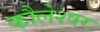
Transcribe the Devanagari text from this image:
कौलेश्वर